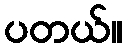
ပတယ်။